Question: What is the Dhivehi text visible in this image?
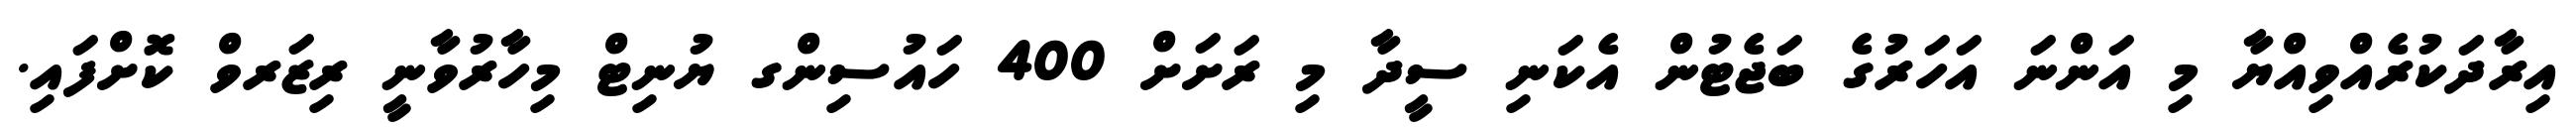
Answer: އިރާދަކުރެއްވިއްޔާ މި އަންނަ އަހަރުގެ ބަޖެޓުން އެކަނި ސީދާ މި ރަށަށް 400 ހައުސިންގ ޔުނިޓް މިހާރުވާނީ ރިޒަރވް ކޮށްފައި.